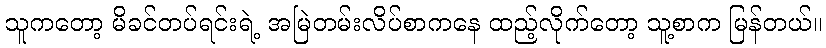
သူကတော့ မိခင်တပ်ရင်းရဲ့ အမြဲတမ်းလိပ်စာကနေ ထည့်လိုက်တော့ သူ့စာက မြန်တယ်။